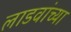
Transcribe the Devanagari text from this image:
लाडवांच्या